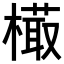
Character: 𣙻